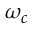
\omega _ { c }